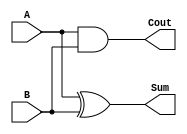
module half_adder(A, B, Sum, Cout);

input A, B;
output Sum, Cout;
wire cout_bar;

xor U0 (Sum, A, B);
nand (cout_bar, A, B);
not U1 (Cout, cout_bar);

endmodule